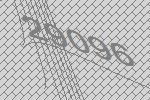
29096